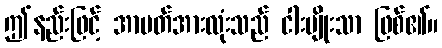
ဤနည်းဖြင့် အာပတ်အားလုံးသည် ငါးမျိုးသာ ဖြစ်၏။